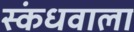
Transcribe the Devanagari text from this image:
स्कंधवाला